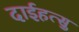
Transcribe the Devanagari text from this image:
दाईहत्सु